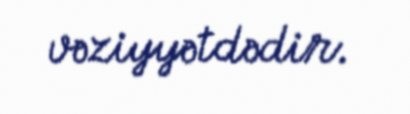
vəziyyətdədir.